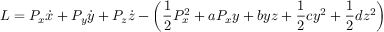
L = P _ { x } \dot { x } + P _ { y } \dot { y } + P _ { z } \dot { z } - \left( \frac { 1 } { 2 } P _ { x } ^ { 2 } + a P _ { x } y + b y z + \frac { 1 } { 2 } c y ^ { 2 } + \frac { 1 } { 2 } d z ^ { 2 } \right)